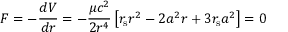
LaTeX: F = - { \frac { d V } { d r } } = - { \frac { \mu c ^ { 2 } } { 2 r ^ { 4 } } } \left[ r _ { \mathrm { { s } } } r ^ { 2 } - 2 a ^ { 2 } r + 3 r _ { \mathrm { { s } } } a ^ { 2 } \right] = 0